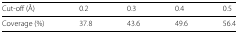
<table><thead><tr><td><b>Cut-off (Å)</b></td><td><b>0.2</b></td><td><b>0.3</b></td><td><b>0.4</b></td><td><b>0.5</b></td></tr></thead><tbody><tr><td>Coverage (%)</td><td>37.8</td><td>43.6</td><td>49.6</td><td>56.4</td></tr></tbody></table>